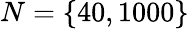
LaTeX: N=\{ 40,1000\}